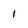
Character: I